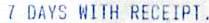
7 DAYS WITH RECEIPT.